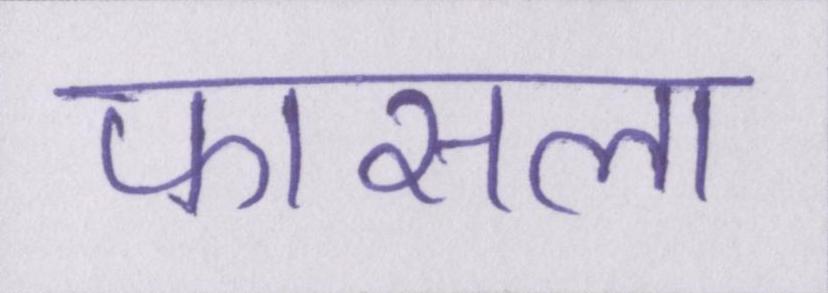
फासला